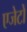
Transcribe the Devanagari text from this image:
एजेटों